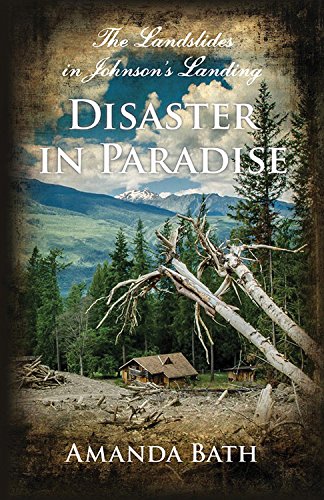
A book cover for Disaster in Paradise: The Landslides in Johnson's Landing; Amanda Bath; Biographies & Memoirs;